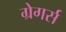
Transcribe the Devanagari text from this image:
ग्रेगर्स